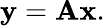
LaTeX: \mathbf{y}=\mathbf{Ax}.